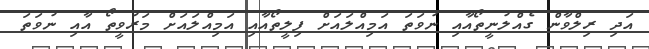
އަދި ރިލްވާން ގެއްލުނީތޯއާއި ނުވަތަ އަމިއްލައަށް ފިލީތޯއާއި އަމިއްލައަށް މަރުވީތޯ އާއި ނުވަތަ